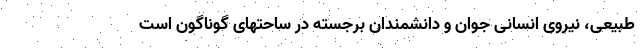
طبیعی، نیروی انسانی جوان و دانشمندان برجسته در ساحتهای گوناگون است